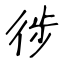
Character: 徏